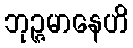
ဘုဉ္ဇမာနေဟိ